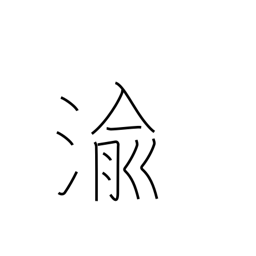
Meaning: be transformed